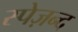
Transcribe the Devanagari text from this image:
स्पेज़न्द